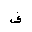
Letter: _fa